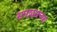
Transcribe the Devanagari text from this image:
सएशनच्या